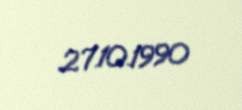
27.10.1990